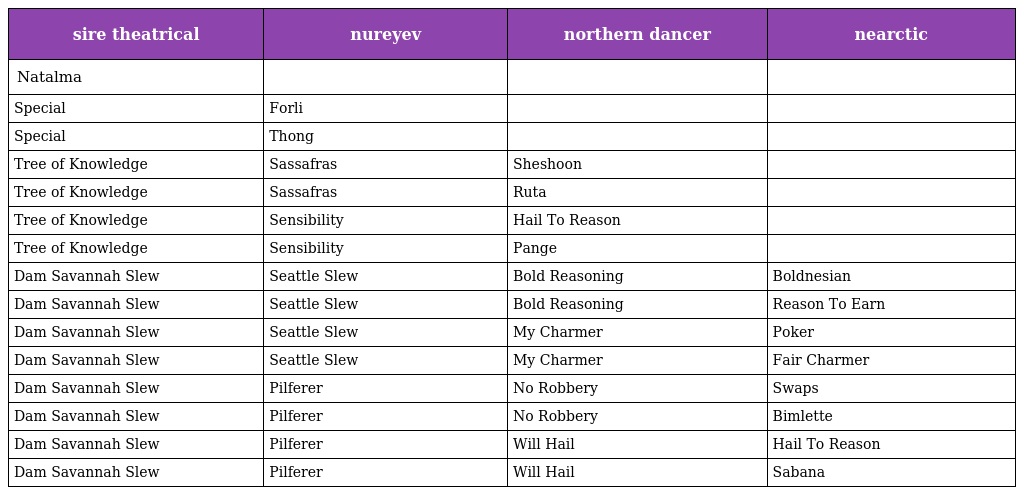
| sire theatrical | nureyev | northern dancer | nearctic |
 | --- | --- | --- | --- |
 | Natalma |  |  |  |
 | Special | Forli |  |  |
 | Special | Thong |  |  |
 | Tree of Knowledge | Sassafras | Sheshoon |  |
 | Tree of Knowledge | Sassafras | Ruta |  |
 | Tree of Knowledge | Sensibility | Hail To Reason |  |
 | Tree of Knowledge | Sensibility | Pange |  |
 | Dam Savannah Slew | Seattle Slew | Bold Reasoning | Boldnesian |
 | Dam Savannah Slew | Seattle Slew | Bold Reasoning | Reason To Earn |
 | Dam Savannah Slew | Seattle Slew | My Charmer | Poker |
 | Dam Savannah Slew | Seattle Slew | My Charmer | Fair Charmer |
 | Dam Savannah Slew | Pilferer | No Robbery | Swaps |
 | Dam Savannah Slew | Pilferer | No Robbery | Bimlette |
 | Dam Savannah Slew | Pilferer | Will Hail | Hail To Reason |
 | Dam Savannah Slew | Pilferer | Will Hail | Sabana |